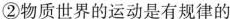
②物质世界的运动是有规律的